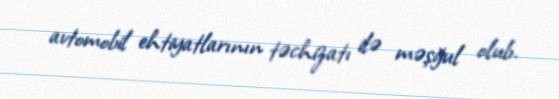
avtomobil ehtiyatlarının təchizatı ilə məşğul olub.